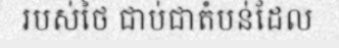
របស់ថៃ ជាប់ជាតំបន់ដែល